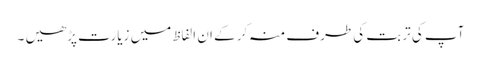
آپ کی تربت کی طرف منہ کر کے ان الفاظ میں زیارت پڑھیں ۔